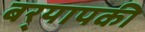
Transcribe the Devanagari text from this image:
बर्‍यापकी